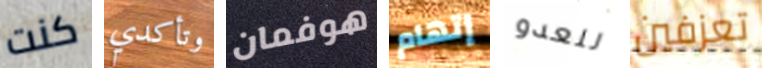
كنت وتأكدي هوفمان إتهام للعدو تعزفين